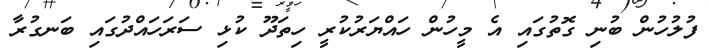
ފުލުހުން ބުނި ގޮތުގައި އެ މީހުން ހައްޔަރުކުރީ ހިތަދޫ ކުޅި ސަރަހައްދުގައި ބަނގުރާ